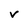
Character: v